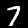
Digit: 7